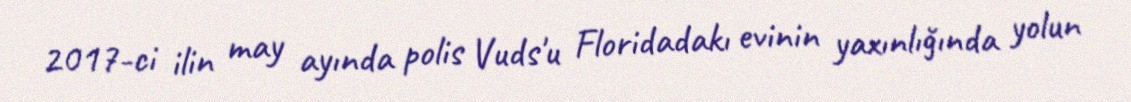
2017-ci ilin may ayında polis Vuds'u Floridadakı evinin yaxınlığında yolun